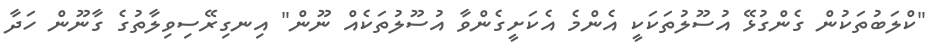
"ކްލަބުތަކުން ގެންގުޅޭ އުސޫލުތަކަކީ އެންމެ އެކަށީގެންވާ އުސޫލުތަކެއް ނޫން" އިނގިރޭސިވިލާތުގެ ގާނޫން ހަދާ